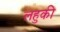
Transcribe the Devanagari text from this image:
लहुकी